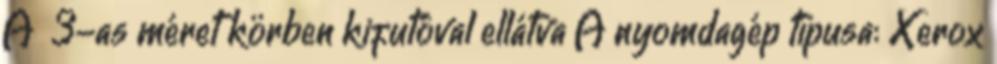
A 3-as méret körben kifutóval ellátva A nyomdagép típusa: Xerox